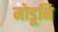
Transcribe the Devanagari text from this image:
मोडूनि